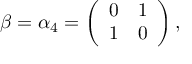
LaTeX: \beta = \alpha _ { 4 } = \left( \begin{array} { l l } { { 0 } } & { { 1 } } \\ { { 1 } } & { { 0 } } \end{array} \right) ,